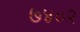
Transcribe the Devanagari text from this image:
७४०२